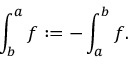
\int _ { b } ^ { a } f : = - \int _ { a } ^ { b } f .